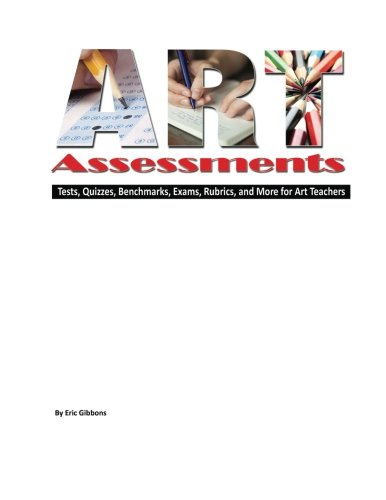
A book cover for Art Assessments: Tests, Quizzes, Benchmarks, Exams, Rubrics, and More for Art Teachers; Eric Gibbons; Arts & Photography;